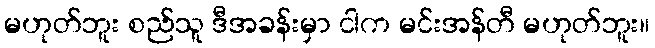
မဟုတ်ဘူး စည်သူ ဒီအခန်းမှာ ငါက မင်းအန်တီ မဟုတ်ဘူး။